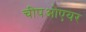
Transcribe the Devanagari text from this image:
चीपओएयर